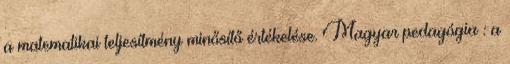
a matematikai teljesítmény minősítő értékelése. Magyar pedagógia : a